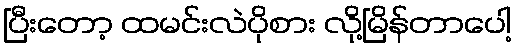
ပြီးတော့ ထမင်းလဲပိုစား လို့မြိန်တာပေါ့